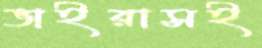
ভাইরাসই